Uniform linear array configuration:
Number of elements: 48
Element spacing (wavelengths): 1
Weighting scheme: cosine
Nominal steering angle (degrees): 0
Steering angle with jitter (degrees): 1.124
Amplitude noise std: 0.05
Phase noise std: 0.05

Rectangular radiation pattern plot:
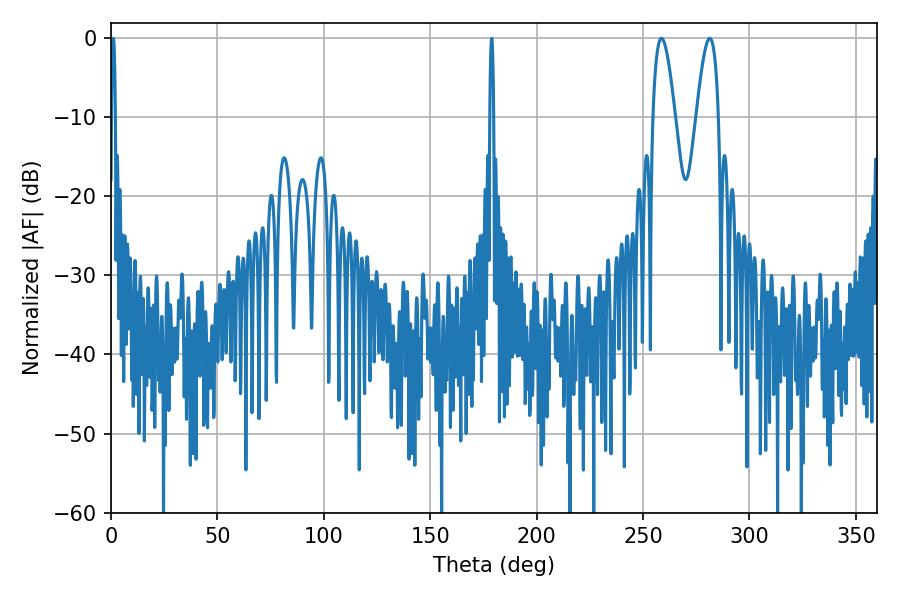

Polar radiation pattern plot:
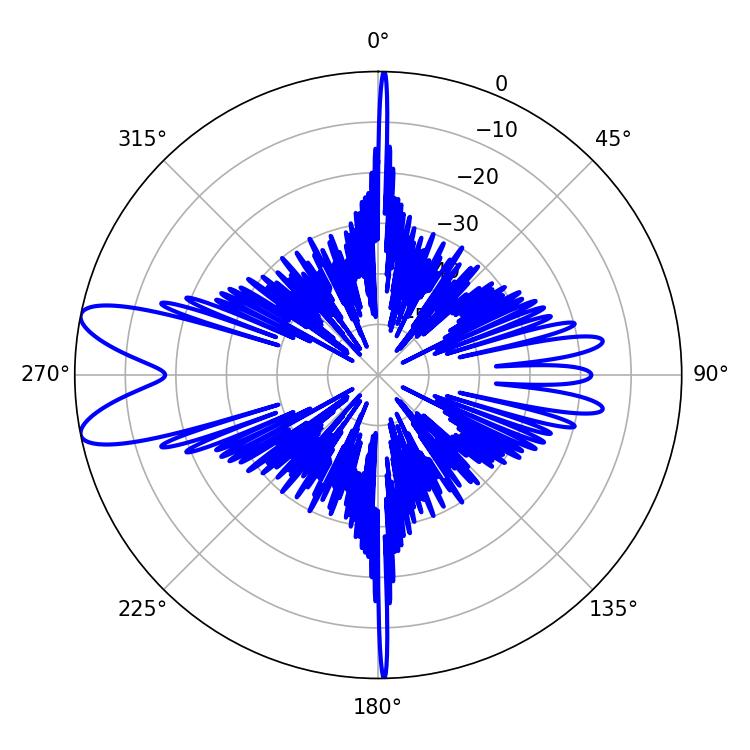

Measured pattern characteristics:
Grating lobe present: TRUE
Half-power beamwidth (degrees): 5.76
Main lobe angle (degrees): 258.66